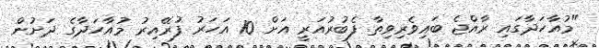
"މުއާހަދާގައި ރާއްޖެ ބައިވެރިވިތާ ފެބުރުއަރީ އަށް 10 އަހަރު ފުރޭއިރު މުއާހަދާގެ ދަށުން